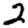
Digit: 2